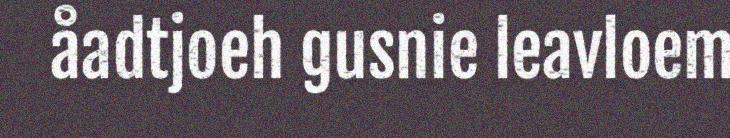
åadtjoeh gusnie leavloem